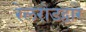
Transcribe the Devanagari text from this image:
रेलरोडद्वारे